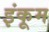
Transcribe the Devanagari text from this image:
इंकूम